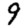
Digit: 9